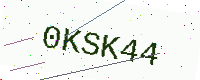
Text: 0KSK44